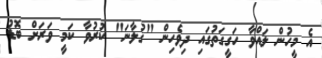
އެ މީހުން ލައްވާ ހަގީގަތުގައި ދިވެހިން "ގުލާނަ" ކުރުވާ ކަމީ ވަރަށް ބޮޑު